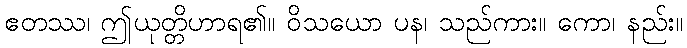
ဧတဿ၊ ဤယုတ္တိဟာရ၏။ ဝိသယော ပန၊ သည်ကား။ ကော၊ နည်း။